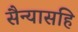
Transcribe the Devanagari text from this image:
सैन्यासहि